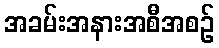
အခမ်းအနားအစီအစဉ်